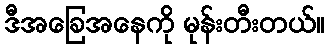
ဒီအခြေအနေကို မုန်းတီးတယ်။